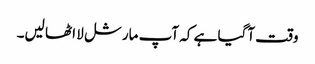
وقت آگیا ہے کہ آپ مارشل لا اٹھا لیں۔